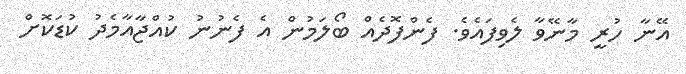
އޭނާ ހުރީ މާނޭވާ ލެވިފައެވެ. ފެންފޮދެއް ބޯލަމުން އެ ފެނުނު ކުއްޖާއާމެދު ކުޑަކޮށް